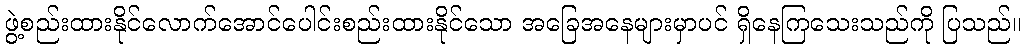
ဖွဲ့စည်းထားနိုင်လောက်အောင်ပေါင်းစည်းထားနိုင်သော အခြေအနေများမှာပင် ရှိနေကြသေးသည်ကို ပြသည်။